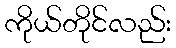
ကိုယ်တိုင်လည်း